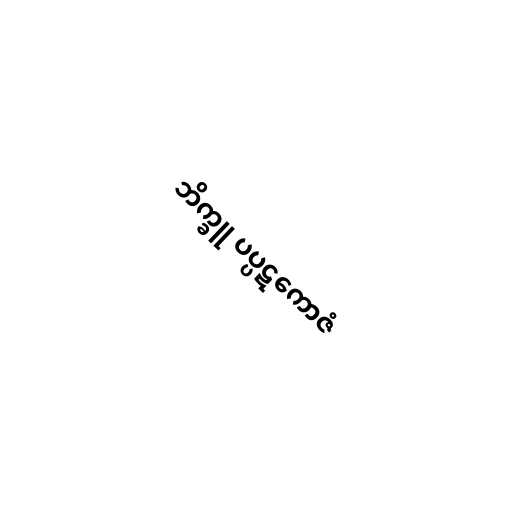
ဘိက္ခူ ပပ္ပဋကောဇံ